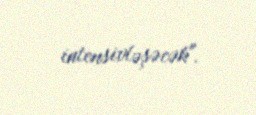
intensivləşəcək".